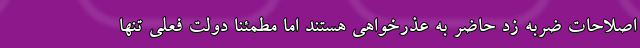
اصلاحات ضربه زد حاضر به عذرخواهی هستند اما مطمئناً دولت فعلی تنها